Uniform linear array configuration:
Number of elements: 4
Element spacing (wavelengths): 0.25
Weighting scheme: cosine
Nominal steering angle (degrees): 0
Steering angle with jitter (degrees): -1.577
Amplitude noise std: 0.05
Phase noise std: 0.05

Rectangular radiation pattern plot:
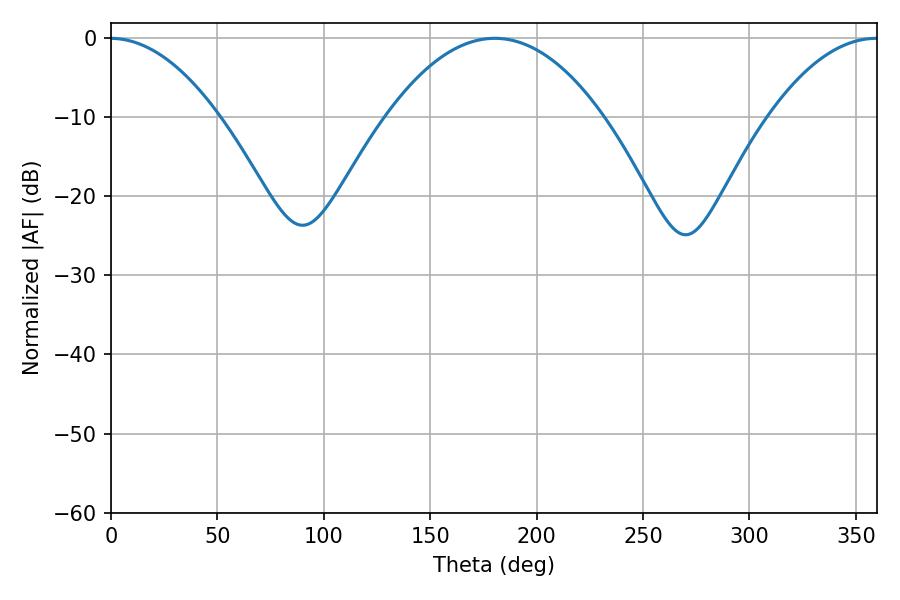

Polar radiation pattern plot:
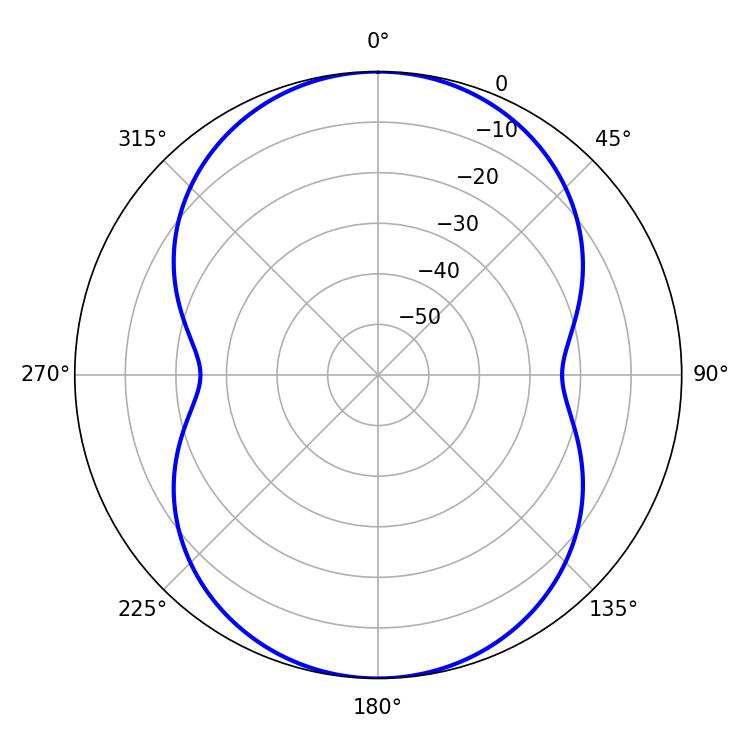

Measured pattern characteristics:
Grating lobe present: FALSE
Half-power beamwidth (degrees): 56.34
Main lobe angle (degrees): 180.36